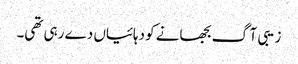
زیبی آگ بجھانے کو دہائیاں دے رہی تھی۔